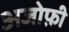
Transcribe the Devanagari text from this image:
अजोफ़ी